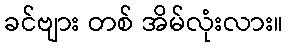
ခင်ဗျား တစ် အိမ်လုံးလား။